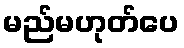
မည်မဟုတ်ပေ